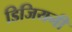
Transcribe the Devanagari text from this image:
डिजियनी